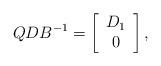
LaTeX: \begin{align*}QDB^{-1}=\left[\begin{array}{c}D_1\\0\end{array}\right],\end{align*}